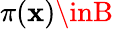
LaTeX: \pi(\mathbf{x})\inB